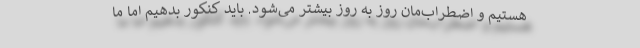
هستیم و اضطراب‌مان روز به روز بیشتر می‌شود. باید کنکور بدهیم اما ما